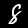
Label: 8